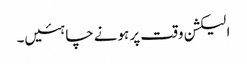
الیکشن وقت پر ہونے چاہئیں۔